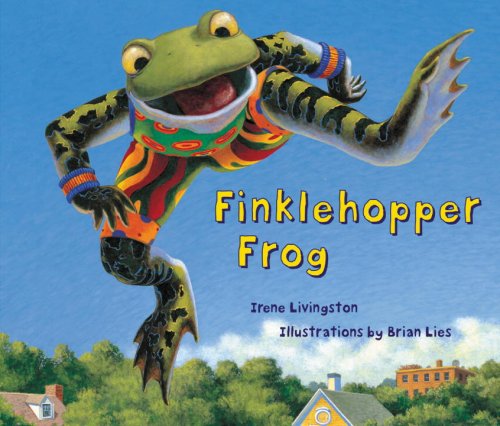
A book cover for Finklehopper Frog; Irene Livingston; Children's Books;